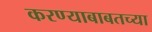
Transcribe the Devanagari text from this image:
करण्याबाबतच्या